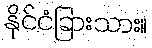
နိုင်ငံခြားသား။